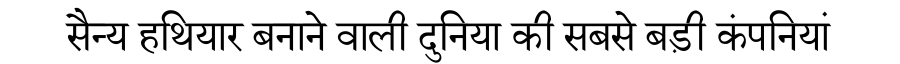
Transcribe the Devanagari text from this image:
सैन्य हथियार बनाने वाली दुनिया की सबसे बड़ी कंपनियां